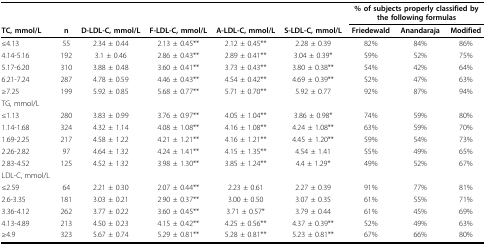
<table><thead><tr><td></td><td></td><td></td><td></td><td></td><td></td><td colspan="3"><b>% of subjects properly classified by the following formulas</b></td></tr><tr><td><b>TC, mmol/L</b></td><td><b>n</b></td><td><b>D-LDL-C, mmol/L</b></td><td><b>F-LDL-C, mmol/L</b></td><td><b>A-LDL-C, mmol/L</b></td><td><b>S-LDL-C, mmol/L</b></td><td><b>Friedewald</b></td><td><b>Anandaraja</b></td><td><b>Modified</b></td></tr></thead><tbody><tr><td>≤4.13</td><td>55</td><td>2.34 ± 0.44</td><td>2.13 ± 0.45**</td><td>2.12 ± 0.45**</td><td>2.28 ± 0.39</td><td>82%</td><td>84%</td><td>86%</td></tr><tr><td>4.14-5.16</td><td>192</td><td>3.1 ± 0.46</td><td>2.86 ± 0.43**</td><td>2.89 ± 0.41**</td><td>3.04 ± 0.39*</td><td>59%</td><td>52%</td><td>75%</td></tr><tr><td>5.17-6.20</td><td>310</td><td>3.88 ± 0.48</td><td>3.60 ± 0.41**</td><td>3.73 ± 0.43**</td><td>3.80 ± 0.38**</td><td>54%</td><td>42%</td><td>64%</td></tr><tr><td>6.21-7.24</td><td>287</td><td>4.78 ± 0.59</td><td>4.46 ± 0.43**</td><td>4.54 ± 0.42**</td><td>4.69 ± 0.39**</td><td>52%</td><td>47%</td><td>63%</td></tr><tr><td>≥7.25</td><td>199</td><td>5.92 ± 0.85</td><td>5.68 ± 0.77**</td><td>5.71 ± 0.70**</td><td>5.92 ± 0.77</td><td>92%</td><td>87%</td><td>94%</td></tr><tr><td>TG, mmol/L</td><td></td><td></td><td></td><td></td><td></td><td></td><td></td><td></td></tr><tr><td>≤1.13</td><td>280</td><td>3.83 ± 0.99</td><td>3.76 ± 0.97**</td><td>4.05 ± 1.04**</td><td>3.86 ± 0.98*</td><td>74%</td><td>59%</td><td>80%</td></tr><tr><td>1.14-1.68</td><td>324</td><td>4.32 ± 1.14</td><td>4.08 ± 1.08**</td><td>4.16 ± 1.08**</td><td>4.24 ± 1.08**</td><td>63%</td><td>59%</td><td>70%</td></tr><tr><td>1.69-2.25</td><td>217</td><td>4.58 ± 1.22</td><td>4.21 ± 1.21**</td><td>4.16 ± 1.21**</td><td>4.45 ± 1.20**</td><td>59%</td><td>54%</td><td>73%</td></tr><tr><td>2.26-2.82</td><td>97</td><td>4.64 ± 1.32</td><td>4.24 ± 1.41**</td><td>4.15 ± 1.35**</td><td>4.54 ± 1.41</td><td>55%</td><td>49%</td><td>65%</td></tr><tr><td>2.83-4.52</td><td>125</td><td>4.52 ± 1.32</td><td>3.98 ± 1.30**</td><td>3.85 ± 1.24**</td><td>4.4 ± 1.29*</td><td>49%</td><td>52%</td><td>67%</td></tr><tr><td>LDL-C, mmol/L</td><td></td><td></td><td></td><td></td><td></td><td></td><td></td><td></td></tr><tr><td>≤2.59</td><td>64</td><td>2.21 ± 0.30</td><td>2.07 ± 0.44**</td><td>2.23 ± 0.61</td><td>2.27 ± 0.39</td><td>91%</td><td>77%</td><td>81%</td></tr><tr><td>2.6-3.35</td><td>181</td><td>3.03 ± 0.21</td><td>2.90 ± 0.37**</td><td>3.00 ± 0.50</td><td>3.07 ± 0.35</td><td>61%</td><td>55%</td><td>71%</td></tr><tr><td>3.36-4.12</td><td>262</td><td>3.77 ± 0.22</td><td>3.60 ± 0.45**</td><td>3.71 ± 0.57*</td><td>3.79 ± 0.44</td><td>61%</td><td>45%</td><td>69%</td></tr><tr><td>4.13-4.89</td><td>213</td><td>4.50 ± 0.23</td><td>4.15 ± 0.42**</td><td>4.25 ± 0.56**</td><td>4.37 ± 0.39**</td><td>52%</td><td>49%</td><td>63%</td></tr><tr><td>≥4.9</td><td>323</td><td>5.67 ± 0.74</td><td>5.29 ± 0.81**</td><td>5.28 ± 0.81**</td><td>5.23 ± 0.81**</td><td>67%</td><td>66%</td><td>80%</td></tr></tbody></table>